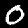
Label: 0